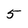
Character: 5